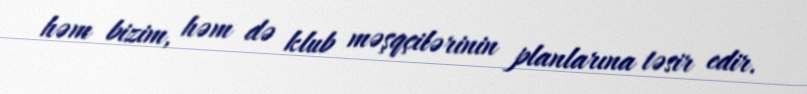
həm bizim, həm də klub məşqçilərinin planlarına təsir edir.